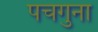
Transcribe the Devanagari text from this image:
पचगुना